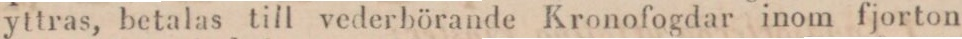
yttras, betalas till vederbörande Kronofogdar inom fjorton